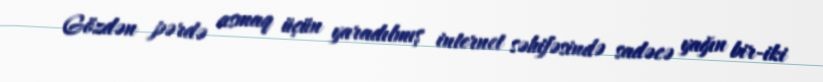
Gözdən pərdə asmaq üçün yaradılmış internet səhifəsində sadəcə yağın bir-iki